Annual statistical returns and brief notes on vaccination in Bengal - 1887-1898
Year: 1887
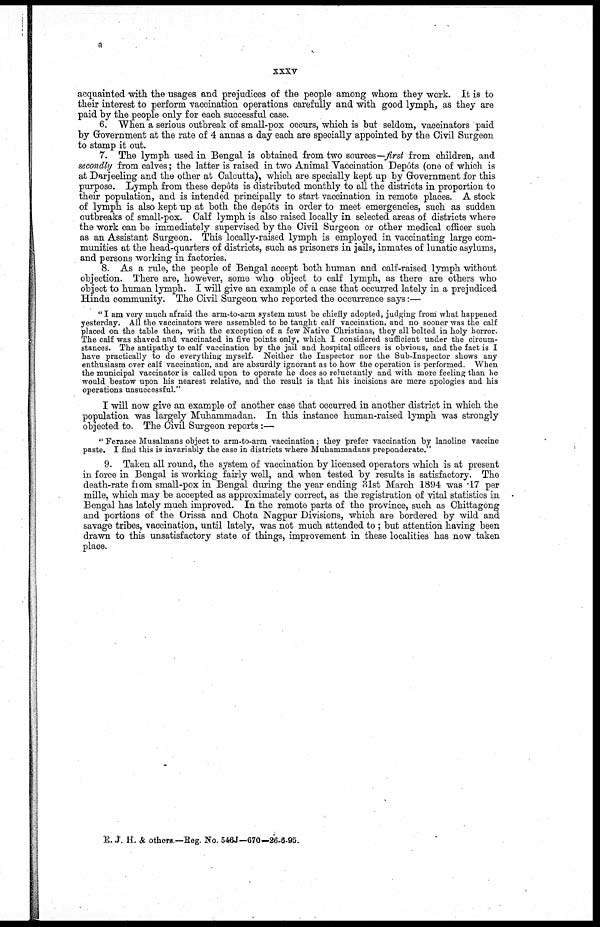
xxxv
acquainted with the usages and prejudices of the people among whom they work. It is to
their interest to perform vaccination operations carefully and with good lymph, as they are
paid by the people only for each successful case.
6. When a serious outbreak of small-pox occurs, which is but seldom, vaccinators paid
by Government at the rate of 4 annas a day each are specially appointed by the Civil Surgeon
to stamp it out.
7. The lymph used in Bengal is obtained from two sources—first from children, and
secondly from calves; the latter is raised in two Animal Vaccination Depôts (one of which is
at Darjeeling and the other at Calcutta), which are specially kept up by Government for this
purpose. Lymph from these depôts is distributed monthly to all the districts in proportion to
their population, and is intended principally to start vaccination in remote places. A stock
of lymph is also kept up at both the depôts in order to meet emergencies, such as sudden
outbreaks of small-pox. Calf lymph is also raised locally in selected areas of districts where
the work can be immediately supervised by the Civil Surgeon or other medical officer such
as an Assistant Surgeon. This locally-raised lymph is employed in vaccinating large com-
munities at the head-quarters of districts, such as prisoners in jails, inmates of lunatic asylums,
and persons working in factories.
8. As a rule, the people of Bengal accept both human and calf-raised lymph without
objection. There are, however, some who object to calf lymph, as there are others who
object to human lymph. I will give an example of a case that occurred lately in a prejudiced
Hindu community. The Civil Surgeon who reported the occurrence says:—
"I am very much afraid the arm-to-arm system must be chiefly adopted, judging from what happened
yesterday. All the vaccinators were assembled to be taught calf vaccination, and no sooner was the calf
placed on the table then, with the exception of a few Native Christians, they all bolted in holy horror.
The calf was shaved and vaccinated in five points only, which I considered sufficient under the circum-
stances. The antipathy to calf vaccination by the jail and hospital officers is obvious, and the fact is I
have practically to do everything myself. Neither the Inspector nor the Sub-Inspector shows any
enthusiasm over calf vaccination, and are absurdly ignorant as to how the operation is performed. When
the municipal vaccinator is called upon to operate he does so reluctantly and with more feeling than he
would bestow upon his nearest relative, and the result is that his incisions are mere apologies and his
operations unsuccessful."
I will now give an example of another case that occurred in another district in which the
population was largely Muhammadan. In this instance human-raised lymph was strongly
objected to. The Civil Surgeon reports :—
" Ferazee Musalmans object to arm-to-arm vaccination; they prefer vaccination by lanoline vaccine
paste. I find this is invariably the case in districts where Muhammadans preponderate."
9. Taken all round, the system of vaccination by licensed operators which is at present
in force in Bengal is working fairly well, and when tested by results is satisfactory. The
death-rate from small-pox in Bengal during the year ending 31st March 1894 was .17 per
mille, which may be accepted as approximately correct, as the registration of vital statistics in
Bengal has lately much improved. In the remote parts of the province, such as Chittagong
and portions of the Orissa and Chota Nagpur Divisions, which are bordered by wild and
savage tribes, vaccination, until lately, was not much attended to ; but attention having been
drawn to this unsatisfactory state of things, improvement in these localities has now taken
place.
E. J. H. & others.—Reg. No. 546J—670—26-6-95.